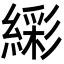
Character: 𬗹